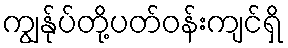
ကျွန်ုပ်တို့ပတ်ဝန်းကျင်ရှိ